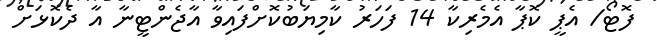
ފޮޓޯ/ އެޕީ ކޮޕާ އެމެރިކާ 14 ފަހަރު ކާމިޔަބުކޮށްފައިވާ އާޖެންޓީނާ އާ ދެކޮޅަށް